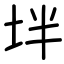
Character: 坢